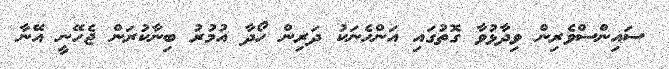
ސައިންސްވެރިން ވިދާޅުވާ ގޮތުގައި އަންހެނަކު ދަރިން ހޯދާ އުމުރު ބިނާކުރަން ޖެހޭނީ އޭނާ